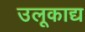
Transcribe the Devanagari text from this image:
उलूकाद्य